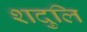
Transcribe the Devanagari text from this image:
शदुलि